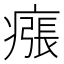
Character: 瘬